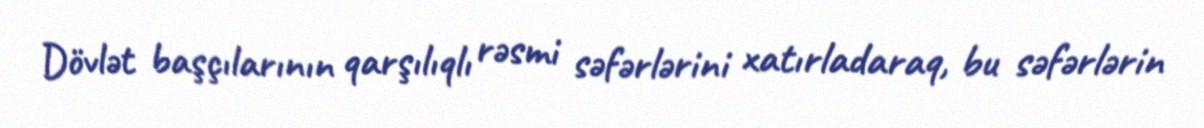
Dövlət başçılarının qarşılıqlı rəsmi səfərlərini xatırladaraq, bu səfərlərin